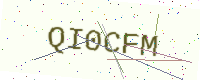
Text: QI0CFM